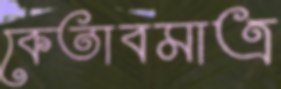
কেতাবমাত্র